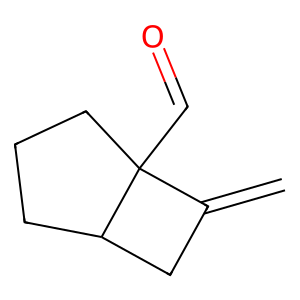
SMILES: C=C1CC2CCCC12C=O
Inhibits HIV replication: No